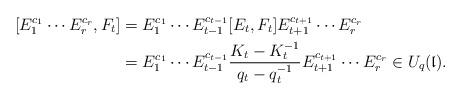
LaTeX: \begin{align*}[E_1^{c_1} \cdots E_r^{c_r}, F_t] & = E_1^{c_1} \cdots E_{t - 1}^{c_{t - 1}} [E_t, F_t] E_{t + 1}^{c_{t + 1}} \cdots E_r^{c_r}\\ & = E_1^{c_1} \cdots E_{t - 1}^{c_{t - 1}} \frac{K_t - K_t^{-1}}{q_t - q_t^{-1}} E_{t + 1}^{c_{t + 1}} \cdots E_r^{c_r} \in U_{q}(\mathfrak{l}).\end{align*}